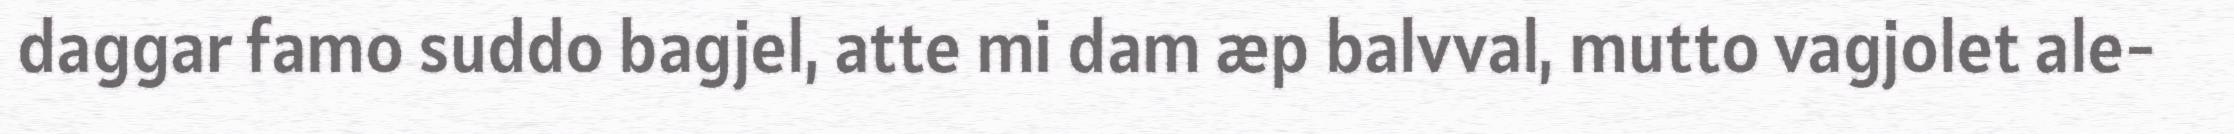
daggar famo suddo bagjel, atte mi dam æp balvval, mutto vagjolet ale-